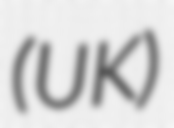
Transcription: (UK)